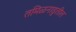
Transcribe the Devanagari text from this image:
तमिळनाडुतील